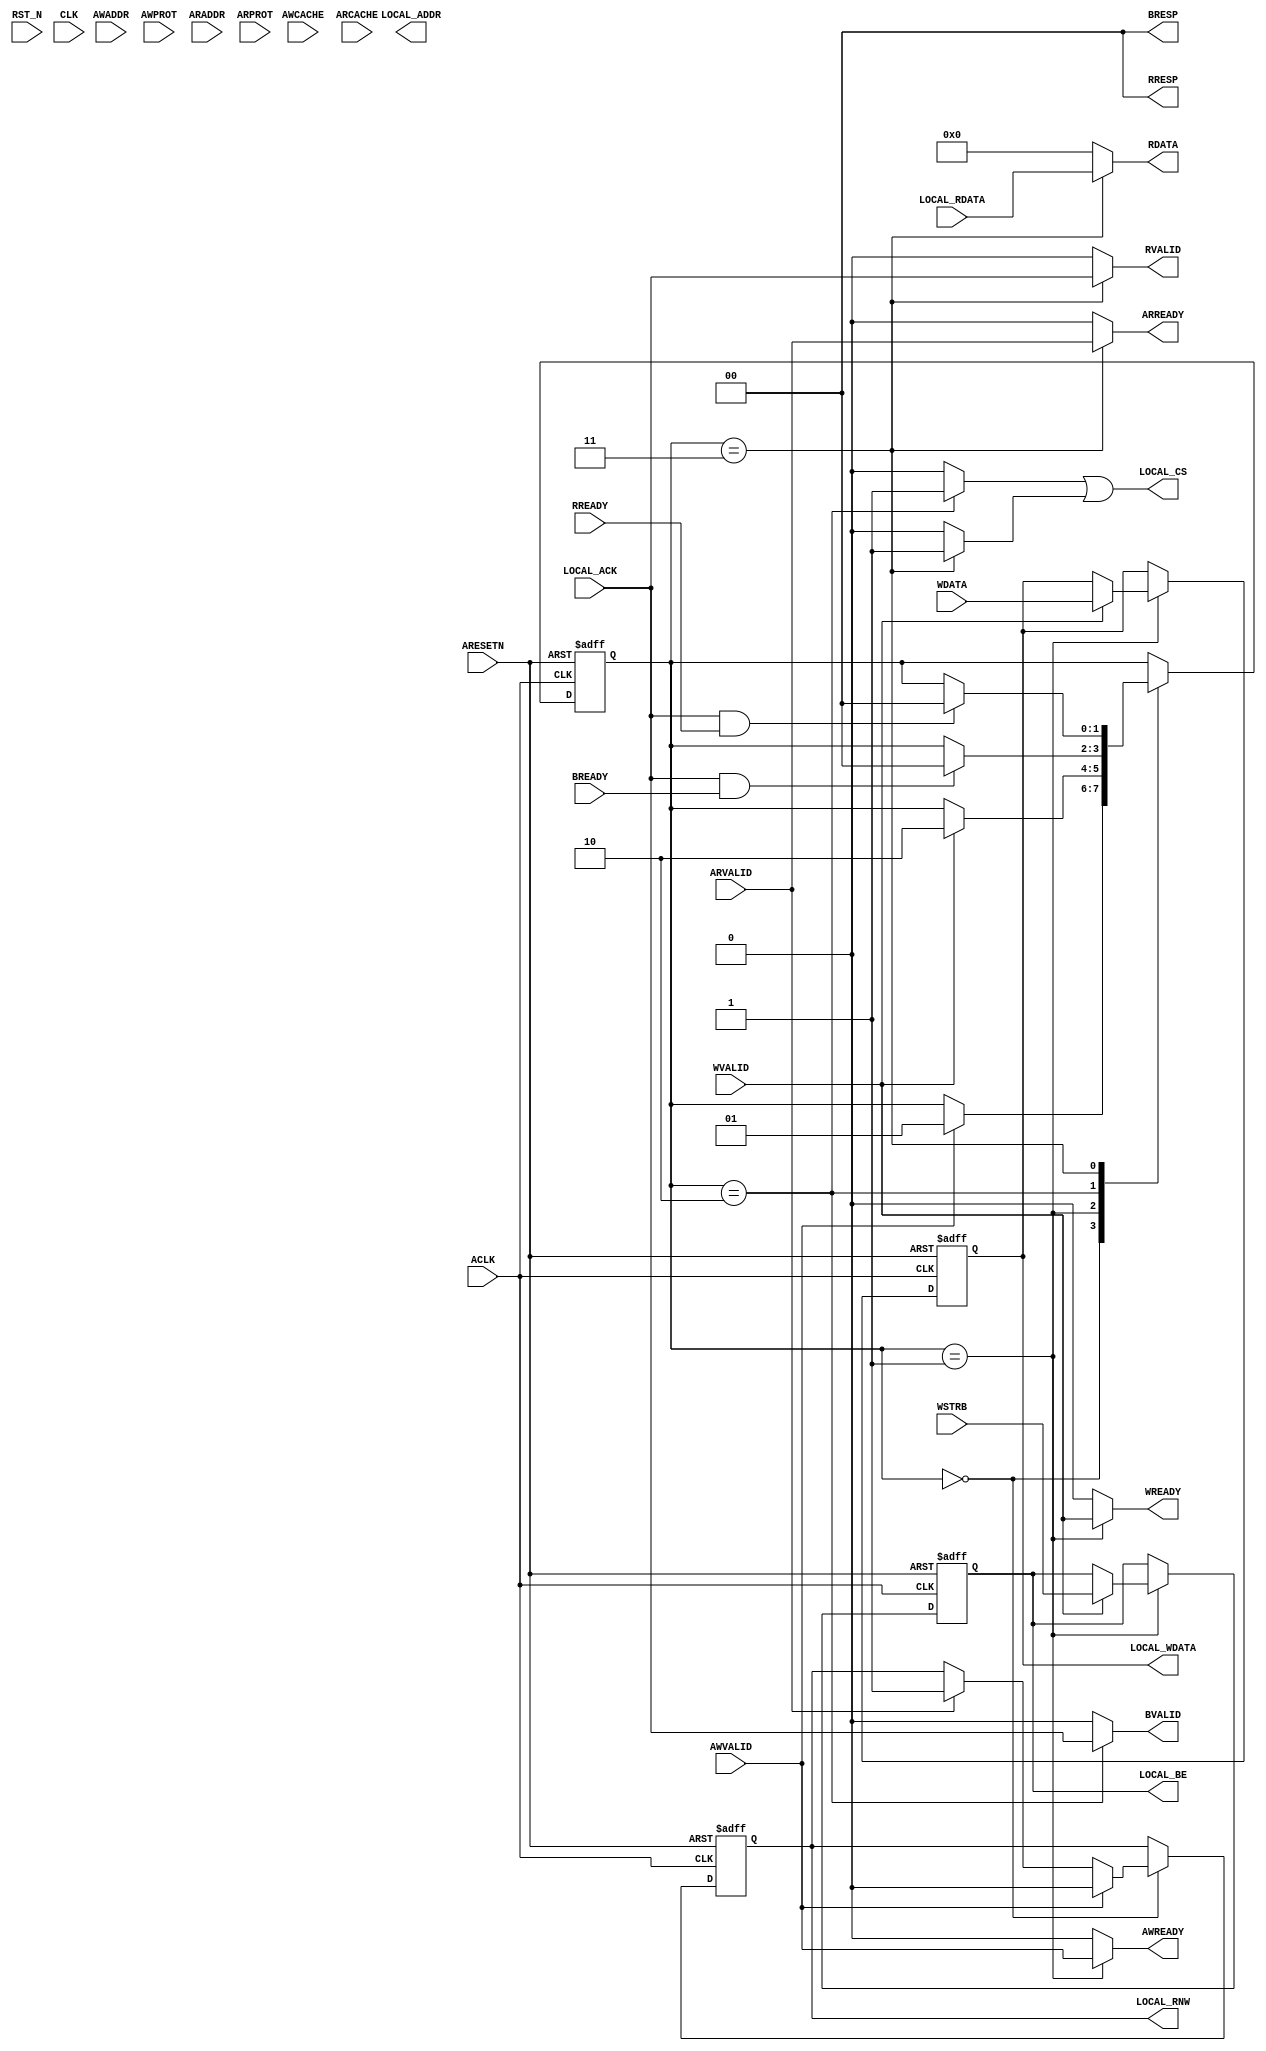
/*
 * Copyright (C)2014-2015 AQUAXIS TECHNOLOGY.
 *  Don't remove this header. 
 * When you use this source, there is a need to inherit this header.
 *
 * License
 *  For no commercial -
 *   License:     The Open Software License 3.0
 *   License URI: http://www.opensource.org/licenses/OSL-3.0
 *
 *  For commmercial -
 *   License:     AQUAXIS License 1.0
 *   License URI: http://www.aquaxis.com/licenses
 *
 * For further information please contact.
 *	URI:    http://www.aquaxis.com/
 */
module aq_axi4ls(
	input			RST_N,
	input			CLK,
	
	// AXI4 Lite Interface
	input			ARESETN,
	input			ACLK,
	
	// Write Address Channel
	input [31:0]	AWADDR,
	input [3:0]		AWCACHE,	// 4'b0011
	input [2:0]		AWPROT,		// 3'b000
	input			AWVALID,
	output			AWREADY,
	
	// Write Data Channel
	input [31:0]	WDATA,
	input [3:0]		WSTRB,
	input			WVALID,
	output			WREADY,
	
	// Write Response Channel
	output			BVALID,
	input			BREADY,
	output [1:0]	BRESP,

	// Read Address Channel
	input [31:0]	ARADDR,
	input [3:0]		ARCACHE,	// 4'b0011
	input [2:0]		ARPROT,		// 3'b000
	input			ARVALID,
	output			ARREADY,

	// Read Data Channel
	output [31:0]	RDATA,
	output [1:0]	RRESP,
	output			RVALID,
	input			RREADY,
	
	// Local Interface
	output			LOCAL_CS,
	output			LOCAL_RNW,
	input			LOCAL_ACK,
	output [31:0]	LOCAL_ADDR,
	output [3:0]	LOCAL_BE,
	output [31:0]	LOCAL_WDATA,
	input [31:0]	LOCAL_RDATA
);

/*
CACHE[3:0]
WA RA C  B 
0  0  0  0 Noncacheable and nonbufferable
0  0  0  1 Bufferable only
0  0  1  0 Cacheable, but do not allocate
0  0  1  1 Cacheable and Bufferable, but do not allocate
0  1  1  0 Cacheable write-through, allocate on reads only
0  1  1  1 Cacheable write-back, allocate on reads only
1  0  1  0 Cacheable write-through, allocate on write only
1  0  1  1 Cacheable write-back, allocate on writes only
1  1  1  0 Cacheable write-through, allocate on both reads and writes
1  1  1  1 Cacheable write-back, allocate on both reads and writes

PROR
[2]:0:Data Access
    1:Instruction Access
[1]:0:Secure Access
    1:NoSecure Access
[0]:0:Privileged Access
    1:Normal Access

RESP
00: OK
01: EXOK
10: SLVERR
11: DECERR
*/

parameter S_IDLE	= 2'd0;
parameter S_WRITE	= 2'd1;
parameter S_WRITE2	= 2'd2;
parameter S_READ	= 2'd3;

reg [1:0]	state;
reg			reg_rnw;
reg [31:0]	reg_adrs, reg_wdata;
reg [3:0]	reg_be;

always @( posedge ACLK or negedge ARESETN ) begin
	if( !ARESETN ) begin
		state	<= S_IDLE;
		reg_rnw	<= 1'b0;
		reg_adrs 	<= 32'd0;
		reg_wdata	<= 32'd0;
		reg_be		<= 4'd0;
	end else begin
		case( state )
		S_IDLE: begin
			if( AWVALID ) begin
				reg_rnw		<= 1'b0;
				reg_adrs	<= AWADDR;
				state		<= S_WRITE;
			end else if( ARVALID ) begin
				reg_rnw		<= 1'b1;
				reg_adrs	<= ARADDR;
			end
		end
		S_WRITE: begin
			if( WVALID ) begin
				state	<= S_WRITE2;
				reg_wdata	<= WDATA;
				reg_be		<= WSTRB;
			end
		end
		S_WRITE2: begin
			if( LOCAL_ACK & BREADY ) begin
				state	<= S_IDLE;
			end
		end
		S_READ: begin
			if( LOCAL_ACK & RREADY ) begin
				state	<= S_IDLE;
			end
		end
		default: begin
			state	<= S_IDLE;
		end
		endcase
	end
end

// Local Interface
assign LOCAL_CS		= 	(( state == S_WRITE2 )?1'b1:1'b0) |
						(( state == S_READ )?1'b1:1'b0) |
						1'b0;
assign LOCAL_RNW	= reg_rnw;
assign LOCAL_ADRS	= reg_adrs;
assign LOCAL_BE		= reg_be;
assign LOCAL_WDATA	= reg_wdata;

// Write Channel
assign AWREADY	= ( state == S_WRITE )?AWVALID:1'b0;
assign WREADY	= ( state == S_WRITE )?WVALID:1'b0;
assign BVALID	= ( state == S_WRITE2 )?LOCAL_ACK:1'b0;
assign BRESP	= 2'b00;

// Read Channel
assign ARREADY	= ( state == S_READ )?ARVALID:1'b0;
assign RVALID	= ( state == S_READ )?LOCAL_ACK:1'b0;
assign RRESP	= 2'b00;
assign RDATA	= ( state == S_READ )?LOCAL_RDATA:32'd0;

endmodule